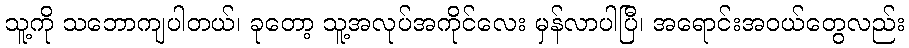
သူ့ကို သဘောကျပါတယ်၊ ခုတော့ သူ့အလုပ်အကိုင်လေး မှန်လာပါပြီ၊ အရောင်းအဝယ်တွေလည်း